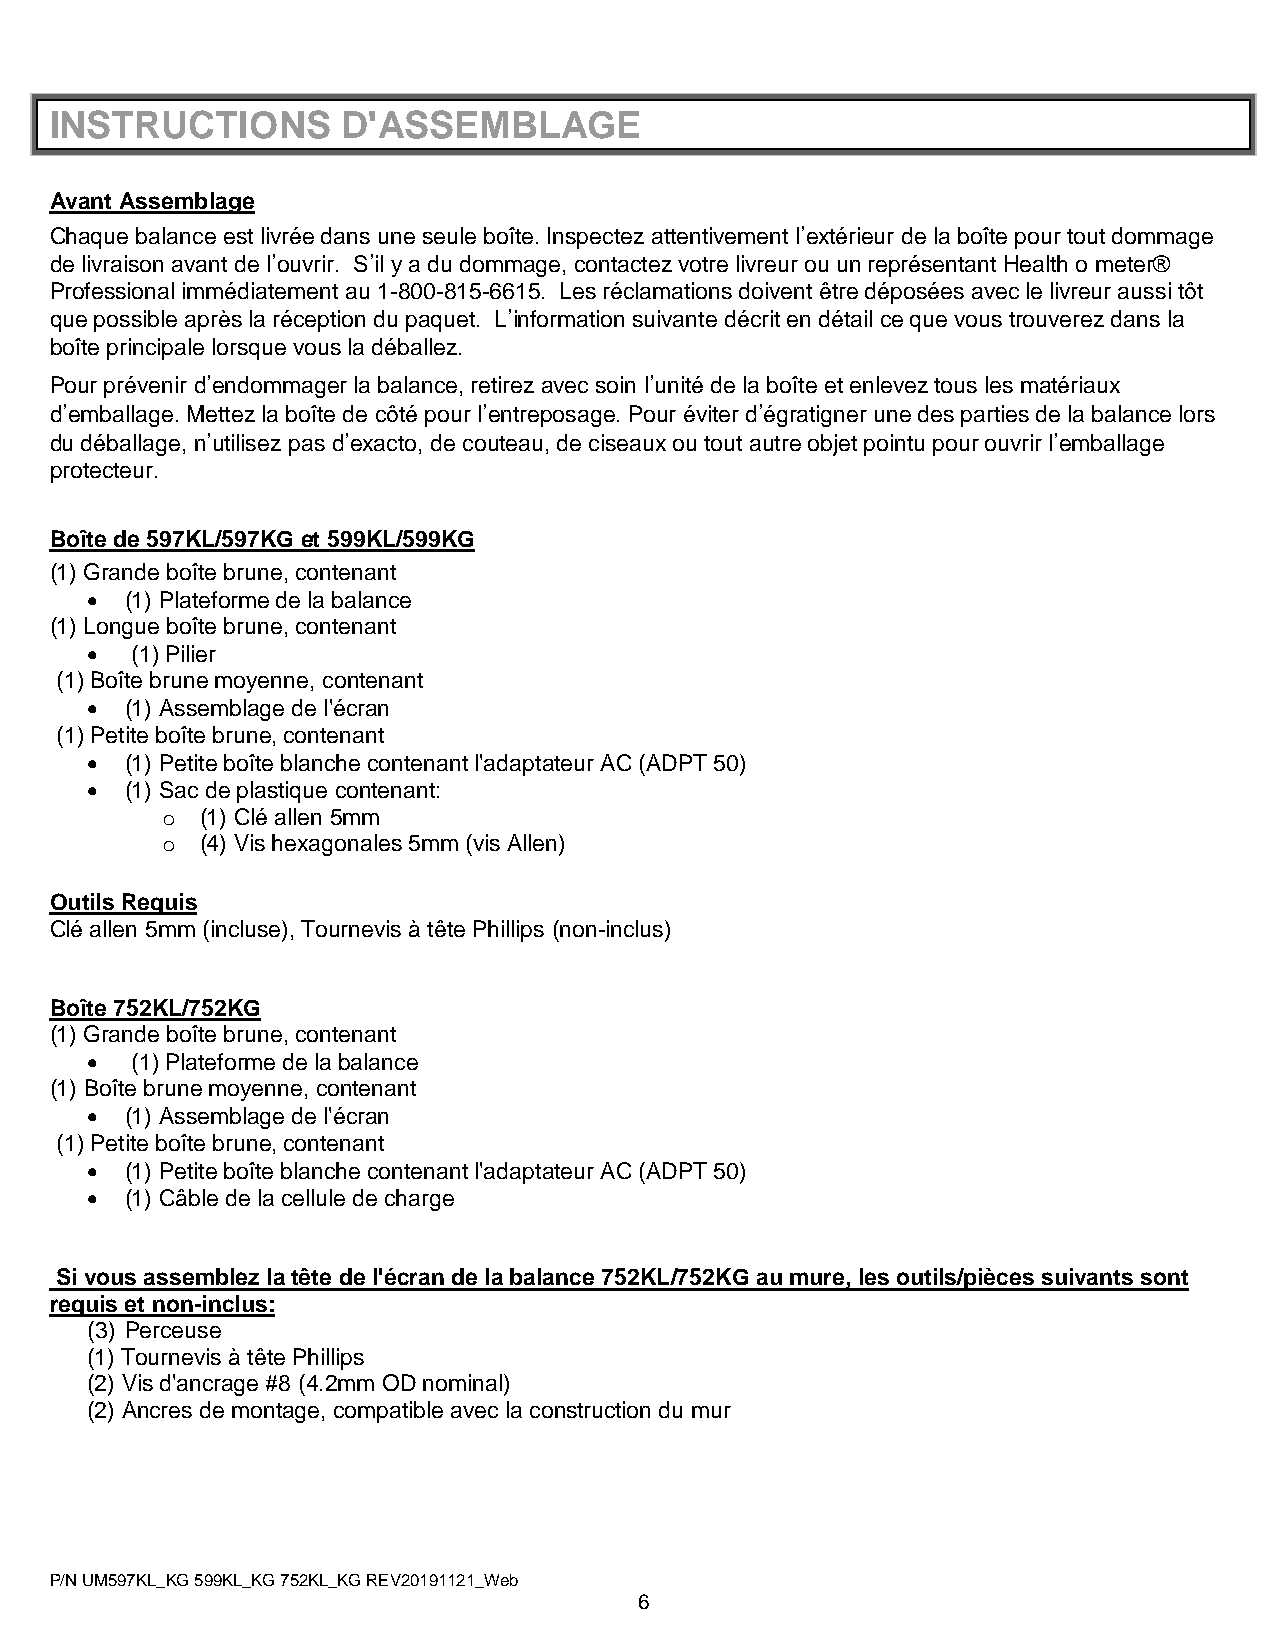
INSTRUCTIONS        D'ASSEMBLAGE
 Avant Assemblage
 Chaque balance est livrée dans une seule boîte. Inspectez attentivement l’extérieur de la boîte pour tout dommage
 de livraison avant de l’ouvrir. S’il y a du dommage, contactez votre livreur ou un représentant Health o meter®
 Professional immédiatement au 1-800-815-6615. Les réclamations doivent être déposées avec le livreur aussi tôt
 que possible après la réception du paquet. L’information suivante décrit en détail ce que vous trouverez dans la
 boîte principale lorsque vous la déballez.
 Pour prévenir d’endommager la balance, retirez avec soin l’unité de la boîte et enlevez tous les matériaux
 d’emballage. Mettez la boîte de côté pour l’entreposage. Pour éviter d’égratigner une des parties de la balance lors
 du déballage, n’utilisez pas d’exacto, de couteau, de ciseaux ou tout autre objet pointu pour ouvrir l’emballage
 protecteur.
 Boîte de 597KL/597KG et 599KL/599KG
 (1) Grande boîte brune, contenant
  (1) Plateforme de la balance
 (1) Longue boîte brune, contenant
   (1) Pilier
 (1) Boîte brune moyenne, contenant
  (1) Assemblage de l'écran
 (1) Petite boîte brune, contenant
  (1) Petite boîte blanche contenant l'adaptateur AC (ADPT 50)
  (1) Sac de plastique contenant:
 o (1) Clé allen 5mm
 o (4) Vis hexagonales 5mm (vis Allen)
 Outils Requis
 Clé allen 5mm (incluse), Tournevis à tête Phillips (non-inclus)
 Boîte 752KL/752KG
 (1) Grande boîte brune, contenant
   (1) Plateforme de la balance
 (1) Boîte brune moyenne, contenant
  (1) Assemblage de l'écran
 (1) Petite boîte brune, contenant
  (1) Petite boîte blanche contenant l'adaptateur AC (ADPT 50)
  (1) Câble de la cellule de charge
 Si vous assemblez la tête de l'écran de la balance 752KL/752KG au mure, les outils/pièces suivants sont
 requis et non-inclus:
 (3) Perceuse
 (1) Tournevis à tête Phillips
 (2) Vis d'ancrage #8 (4.2mm OD nominal)
 (2) Ancres de montage, compatible avec la construction du mur
 P/N UM597KL_KG 599KL_KG 752KL_KG REV20191121_Web
 6